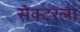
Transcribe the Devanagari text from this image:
सेक्‍टरला